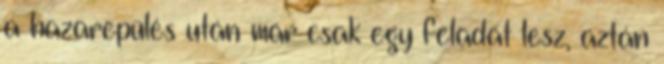
a hazarepülés után már csak egy feladat lesz, aztán